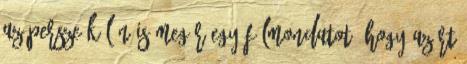
az persze külön is megér egy félmondatot, hogy azért